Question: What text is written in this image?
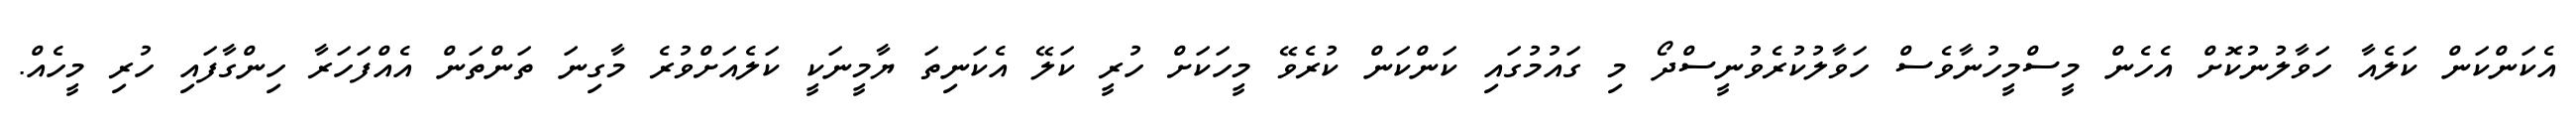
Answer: އެކަންކަން ކަލެއާ ހަވާލުނުކޮށް އެހެން މީސްމީހުނާވެސް ހަވާލުކުރެވުނީސްދޯ މި ގައުމުގައި ކަންކަން ކުރެވޭ މީހަކަށް ހުރީ ކަލޭ އެކަނިތަ ޔާމީނަކީ ކަލެއަށްވުރެ މާގިނަ ތަންތަން އެއްފަހަރާ ހިންގާފައި ހުރި މީހެއް.